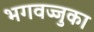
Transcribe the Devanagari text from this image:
भगवज्जुका